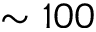
\sim 1 0 0